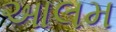
આલમ